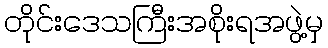
တိုင်းဒေသကြီးအစိုးရအဖွဲ့မှ